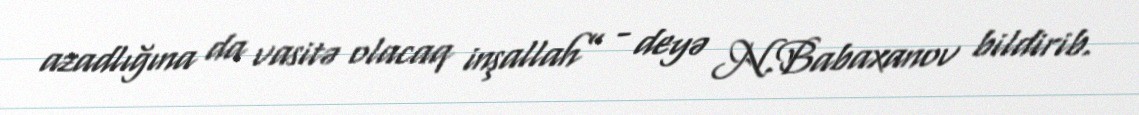
azadlığına da vasitə olacaq inşallah” - deyə N.Babaxanov bildirib.